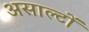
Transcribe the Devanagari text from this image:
असाल्टों